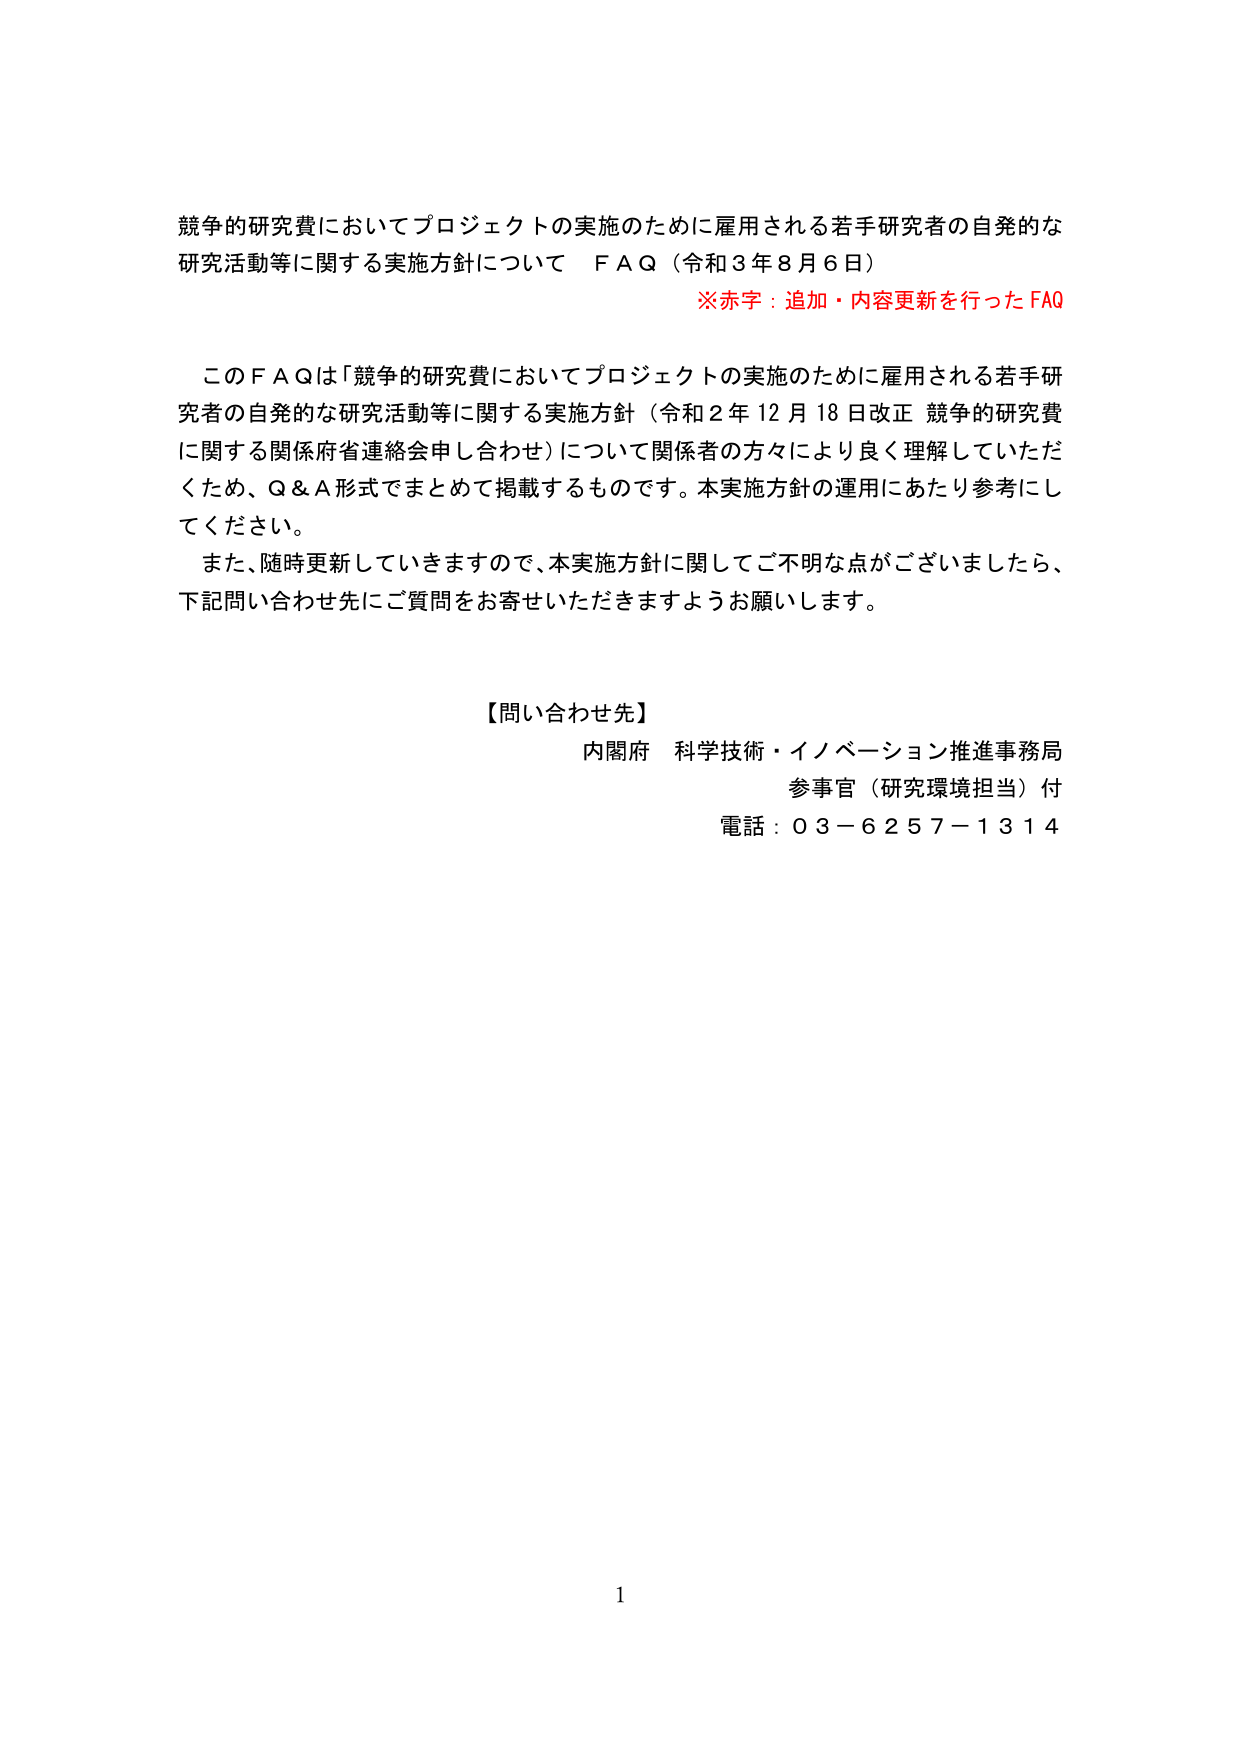
競争的研究費においてプロジェクトの実施のために雇用される若手研究者の自発的な研究活動等に関する実施方針について　ＦＡＱ（令和３年８月６日）
※赤字：追加・内容更新を行ったFAQ

このＦＡＱは「競争的研究費においてプロジェクトの実施のために雇用される若手研究者の自発的な研究活動等に関する実施方針（令和２年１２月１８日改正 競争的研究費に関する関係府省連絡会申し合わせ）について関係者の方々により良く理解していただくため、Ｑ＆Ａ形式でまとめて掲載するものです。本実施方針の運用にあたり参考にしてください。
また、随時更新していきますので、本実施方針に関してご不明な点がございましたら、下記問い合わせ先にご質問をお寄せいただきますようお願いします。

【問い合わせ先】
内閣府　科学技術・イノベーション推進事務局
参事官（研究環境担当）付
電話：０３－６２５７－１３１４

1